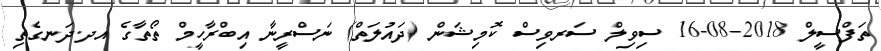
ތަފްސީލް 2018-08-16 ސިވިލް ސަރވިސް ކޮމިޝަން (ދައުލަތް) ނަސްރީނާ އިބްރާހީމް ތޯތާގެ އދ.ދަނގެތި